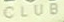
CLUB